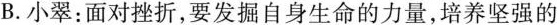
B.小翠：面对挫折，要发掘自身生命的力量，培养坚强的